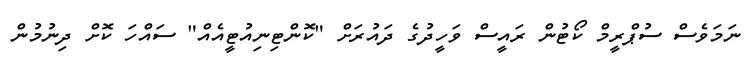
ނަމަވެސް ސުޕްރީމް ކޯޓުން ރައީސް ވަހީދުގެ ދައުރަށް "ކޮންޓިނިއުޓީއެއް" ސައްހަ ކޮށް ދިނުމުން